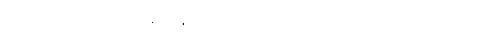
ဟောတီတိ အတ္ထော။ အထ ဝါ ကာမစ္ဆန္ဒာဒိဩဠာရိကင်္ဂပ္ပဟာနဝသေန သုခုမာ စ သာ ဘူတတာယ သစ္စာ